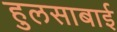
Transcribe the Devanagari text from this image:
हुलसाबाई